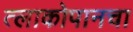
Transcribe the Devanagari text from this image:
त्लाकोपानचा